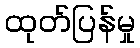
ထုတ်ပြန်မှု